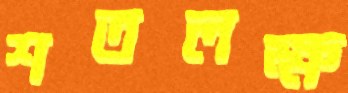
শতলক্ষ